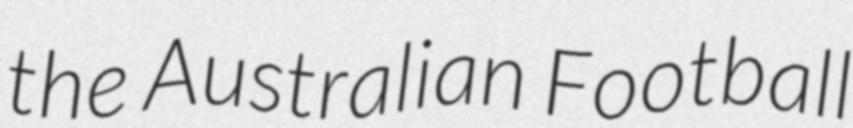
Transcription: the Australian Football